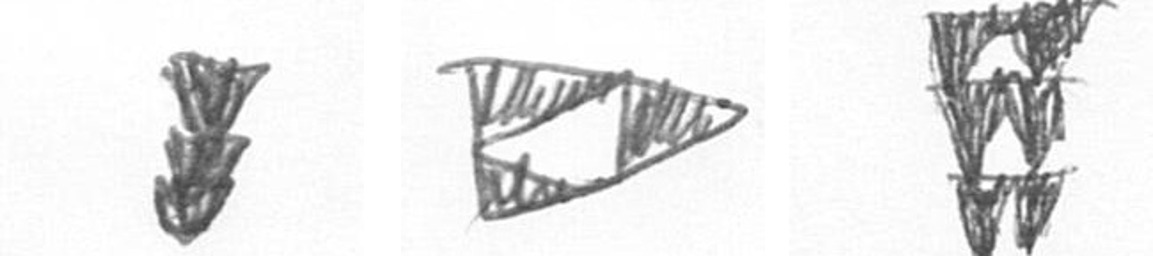
E K Y